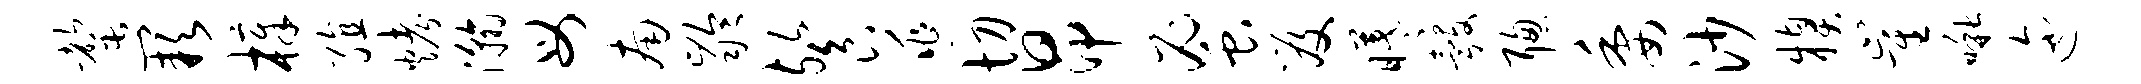
罄缺樟殖烤瀚母南龄餐逃切昂蜜笈曦彀聪委沙糗崔啾迤